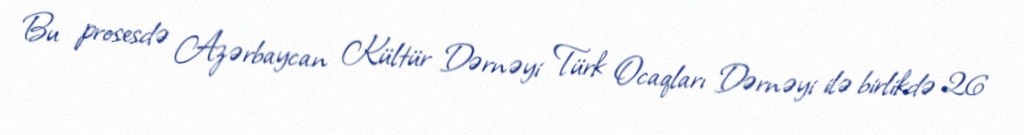
Bu prosesdə Azərbaycan Kültür Dərnəyi Türk Ocaqları Dərnəyi ilə birlikdə 26